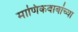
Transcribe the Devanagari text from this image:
माणिकबाबांच्या